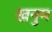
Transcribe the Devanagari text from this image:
खनुम